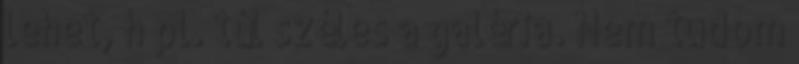
lehet, h pl. túl széles a galéria. Nem tudom